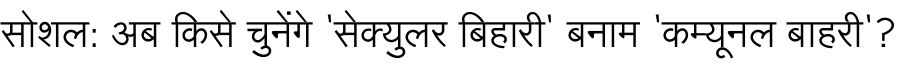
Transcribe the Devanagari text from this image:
सोशल: अब किसे चुनेंगे 'सेक्युलर बिहारी' बनाम 'कम्यूनल बाहरी'?